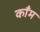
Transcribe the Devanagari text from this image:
काँम